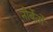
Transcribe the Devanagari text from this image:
नोर्बेर्तो